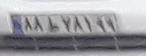
۸۸ط۷۸۱۹۹